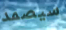
سيصمد